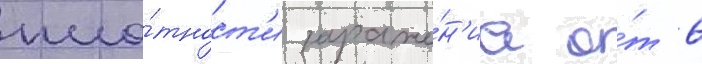
пло́тност'и зараже́н'иа о́т 6